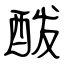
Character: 酦